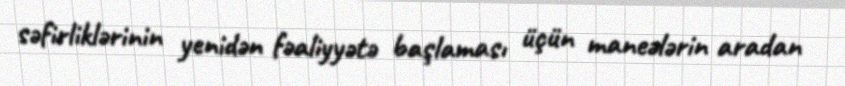
səfirliklərinin yenidən fəaliyyətə başlaması üçün maneələrin aradan